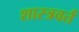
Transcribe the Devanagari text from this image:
शास्त्रवर्त